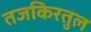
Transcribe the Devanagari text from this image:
तजकिरतुल